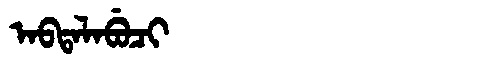
Manchu: ᠠᠪᡨᠠᠯᠠᠪᡠᠴᡳ
Romanization: ABTALABUCI